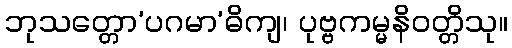
ဘုသတ္တော’ပဂမာ’ဓိကျ၊ ပုဗ္ဗကမ္မနိဝတ္တိသု။